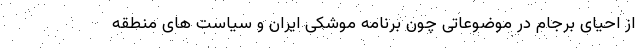
از احیای برجام در موضوعاتی چون برنامه موشکی ایران و سیاست های منطقه